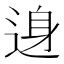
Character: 𨓉